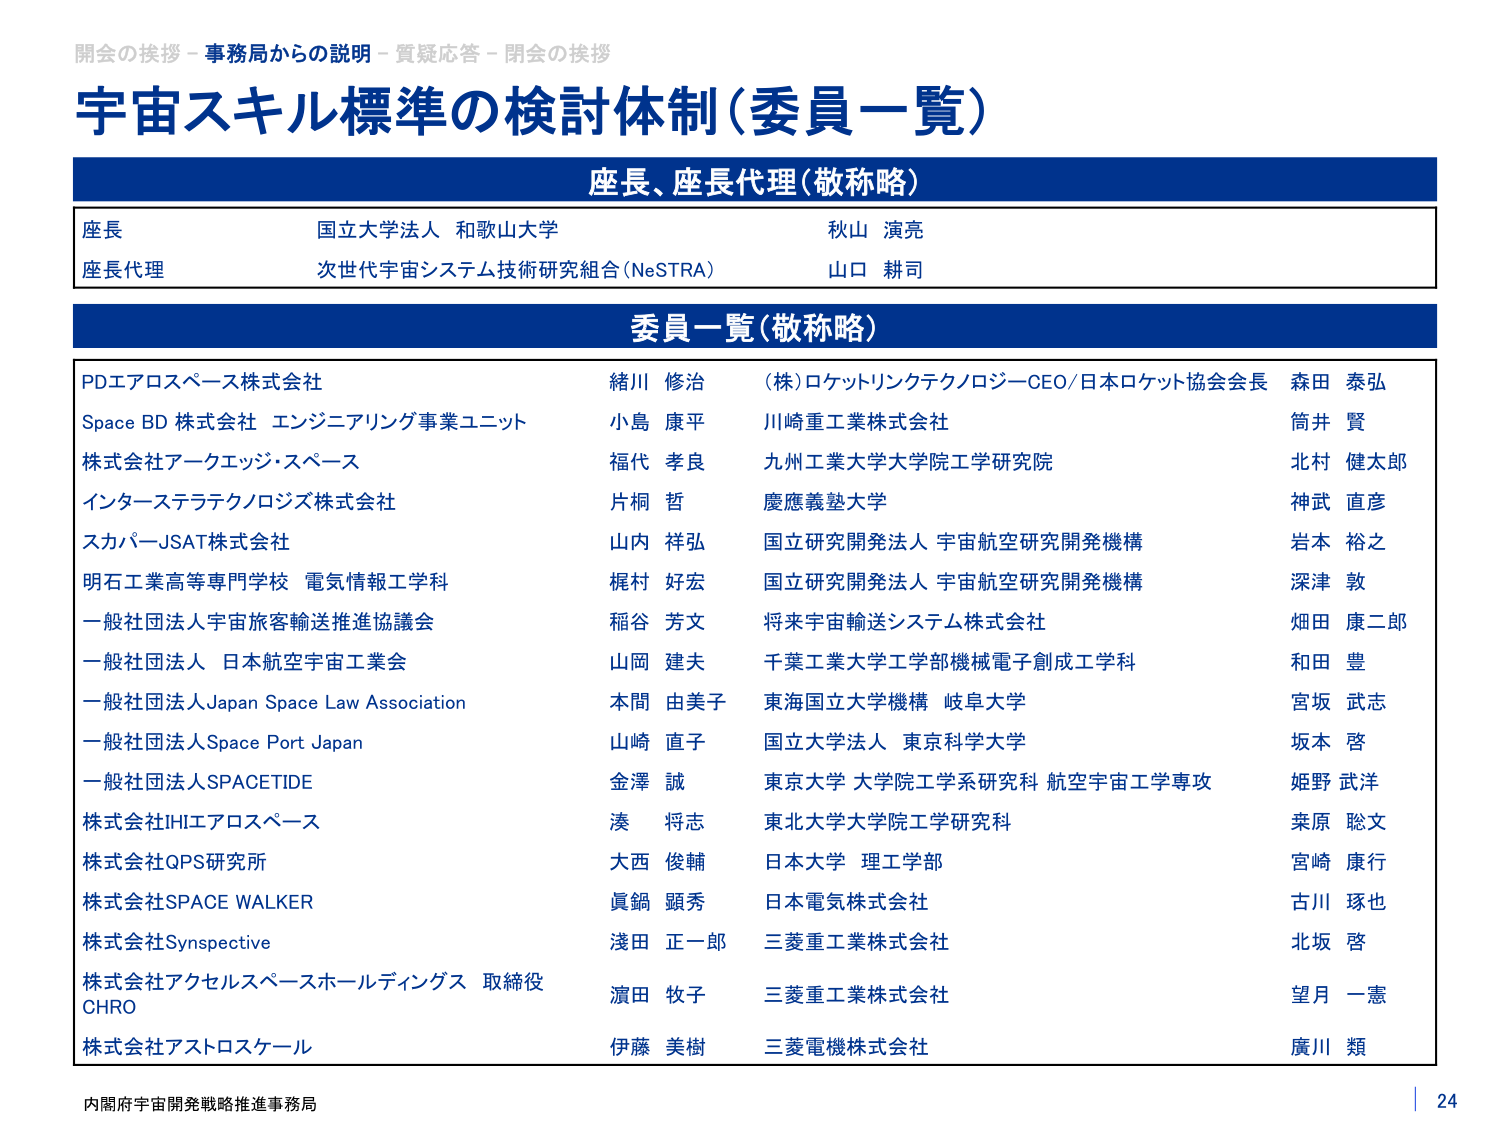
開会の挨拶 - 事務局からの説明 - 質疑応答 - 閉会の挨拶
宇宙スキル標準の検討体制（委員一覧）
座長、座長代理（敬称略）
座長 国立大学法人 和歌山大学 秋山 演亮
座長代理 次世代宇宙システム技術研究組合（NeSTRA） 山口 耕司
委員一覧（敬称略）
PDエアロスペース株式会社 緒川 修治 （株）ロケットリンクテクノロジーCEO/日本ロケット協会会長 森田 泰弘
Space BD 株式会社 エンジニアリング事業ユニット 小島 康平 川崎重工業株式会社 筒井 賢
株式会社アークエッジ・スペース 福代 孝良 九州工業大学大学院工学研究院 北村 健太郎
インターステラテクノロジズ株式会社 片桐 哲 慶應義塾大学 神武 直彦
スカパーJSAT株式会社 山内 祥弘 国立研究開発法人 宇宙航空研究開発機構 岩本 裕之
明石工業高等専門学校 電気情報工学科 梶村 好宏 国立研究開発法人 宇宙航空研究開発機構 深津 敦
一般社団法人宇宙旅客輸送推進協議会 稲谷 芳文 将来宇宙輸送システム株式会社 畑田 康二郎
一般社団法人 日本航空宇宙工業会 山岡 建夫 千葉工業大学工学部機械電子創成工学科 和田 豊
一般社団法人Japan Space Law Association 本間 由美子 東海国立大学機構 岐阜大学 宮坂 武志
一般社団法人Space Port Japan 山崎 直子 国立大学法人 東京科学大学 坂本 啓
一般社団法人SPACETIDE 金澤 誠 東京大学 大学院工学系研究科 航空宇宙工学専攻 姫野 武洋
株式会社IHIエアロスペース 湊 将志 東北大学大学院工学研究科 乗原 聡文
株式会社QPS研究所 大西 俊輔 日本大学 理工学部 宮崎 康行
株式会社SPACE WALKER 貞鍋 顕秀 日本電気株式会社 古川 琢也
株式会社Synspective 淺田 正一郎 三菱重工業株式会社 北坂 啓
株式会社アクセルスペースホールディングス 取締役 CHRO 濵田 牧子 三菱重工業株式会社 望月 一憲
株式会社アストロスケール 伊藤 美樹 三菱電機株式会社 廣川 類
内閣府宇宙開発戦略推進事務局 24